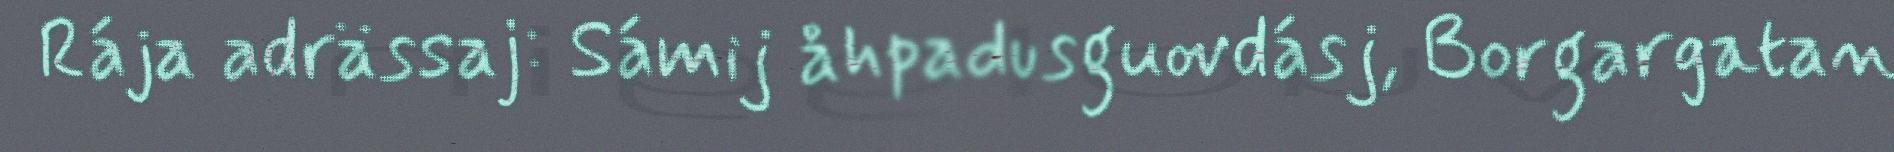
Rája adrässaj: Sámij åhpadusguovdásj, Borgargatan